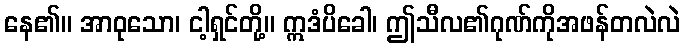
နေ၏။ အာဝုသော၊ ငါ့ရှင်တို့။ ဣဒံပိခေါ၊ ဤသီလ၏ဂုဏ်ကိုအဖန်တလဲလဲ